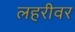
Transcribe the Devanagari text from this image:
लहरीवर